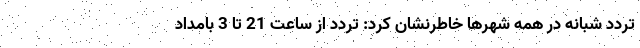
تردد شبانه در همه شهرها خاطرنشان کرد: تردد از ساعت 21 تا 3 بامداد